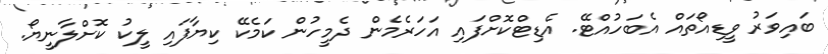
ބައިވަރު ވީޑިއޯތައް އެބަހުއްޓޭ. އެޑިޓްކޮށްފައި އަހަރެމެން ދެމީހުން ކަމެކޭ ކިޔާފައި ލީކު ކޮށްލާނީޔޯ.